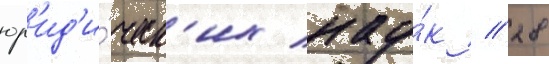
юр'ид'и́ческ'их нау́к // 28